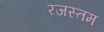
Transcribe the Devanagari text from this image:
रजस्तम